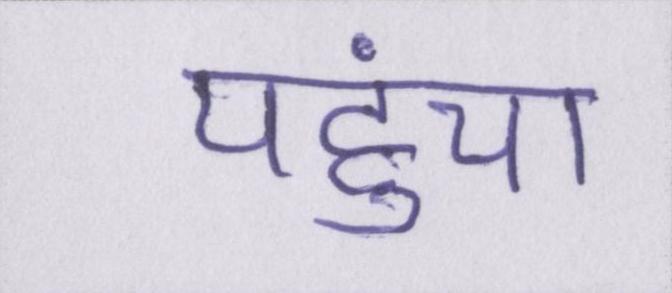
पहुंचा